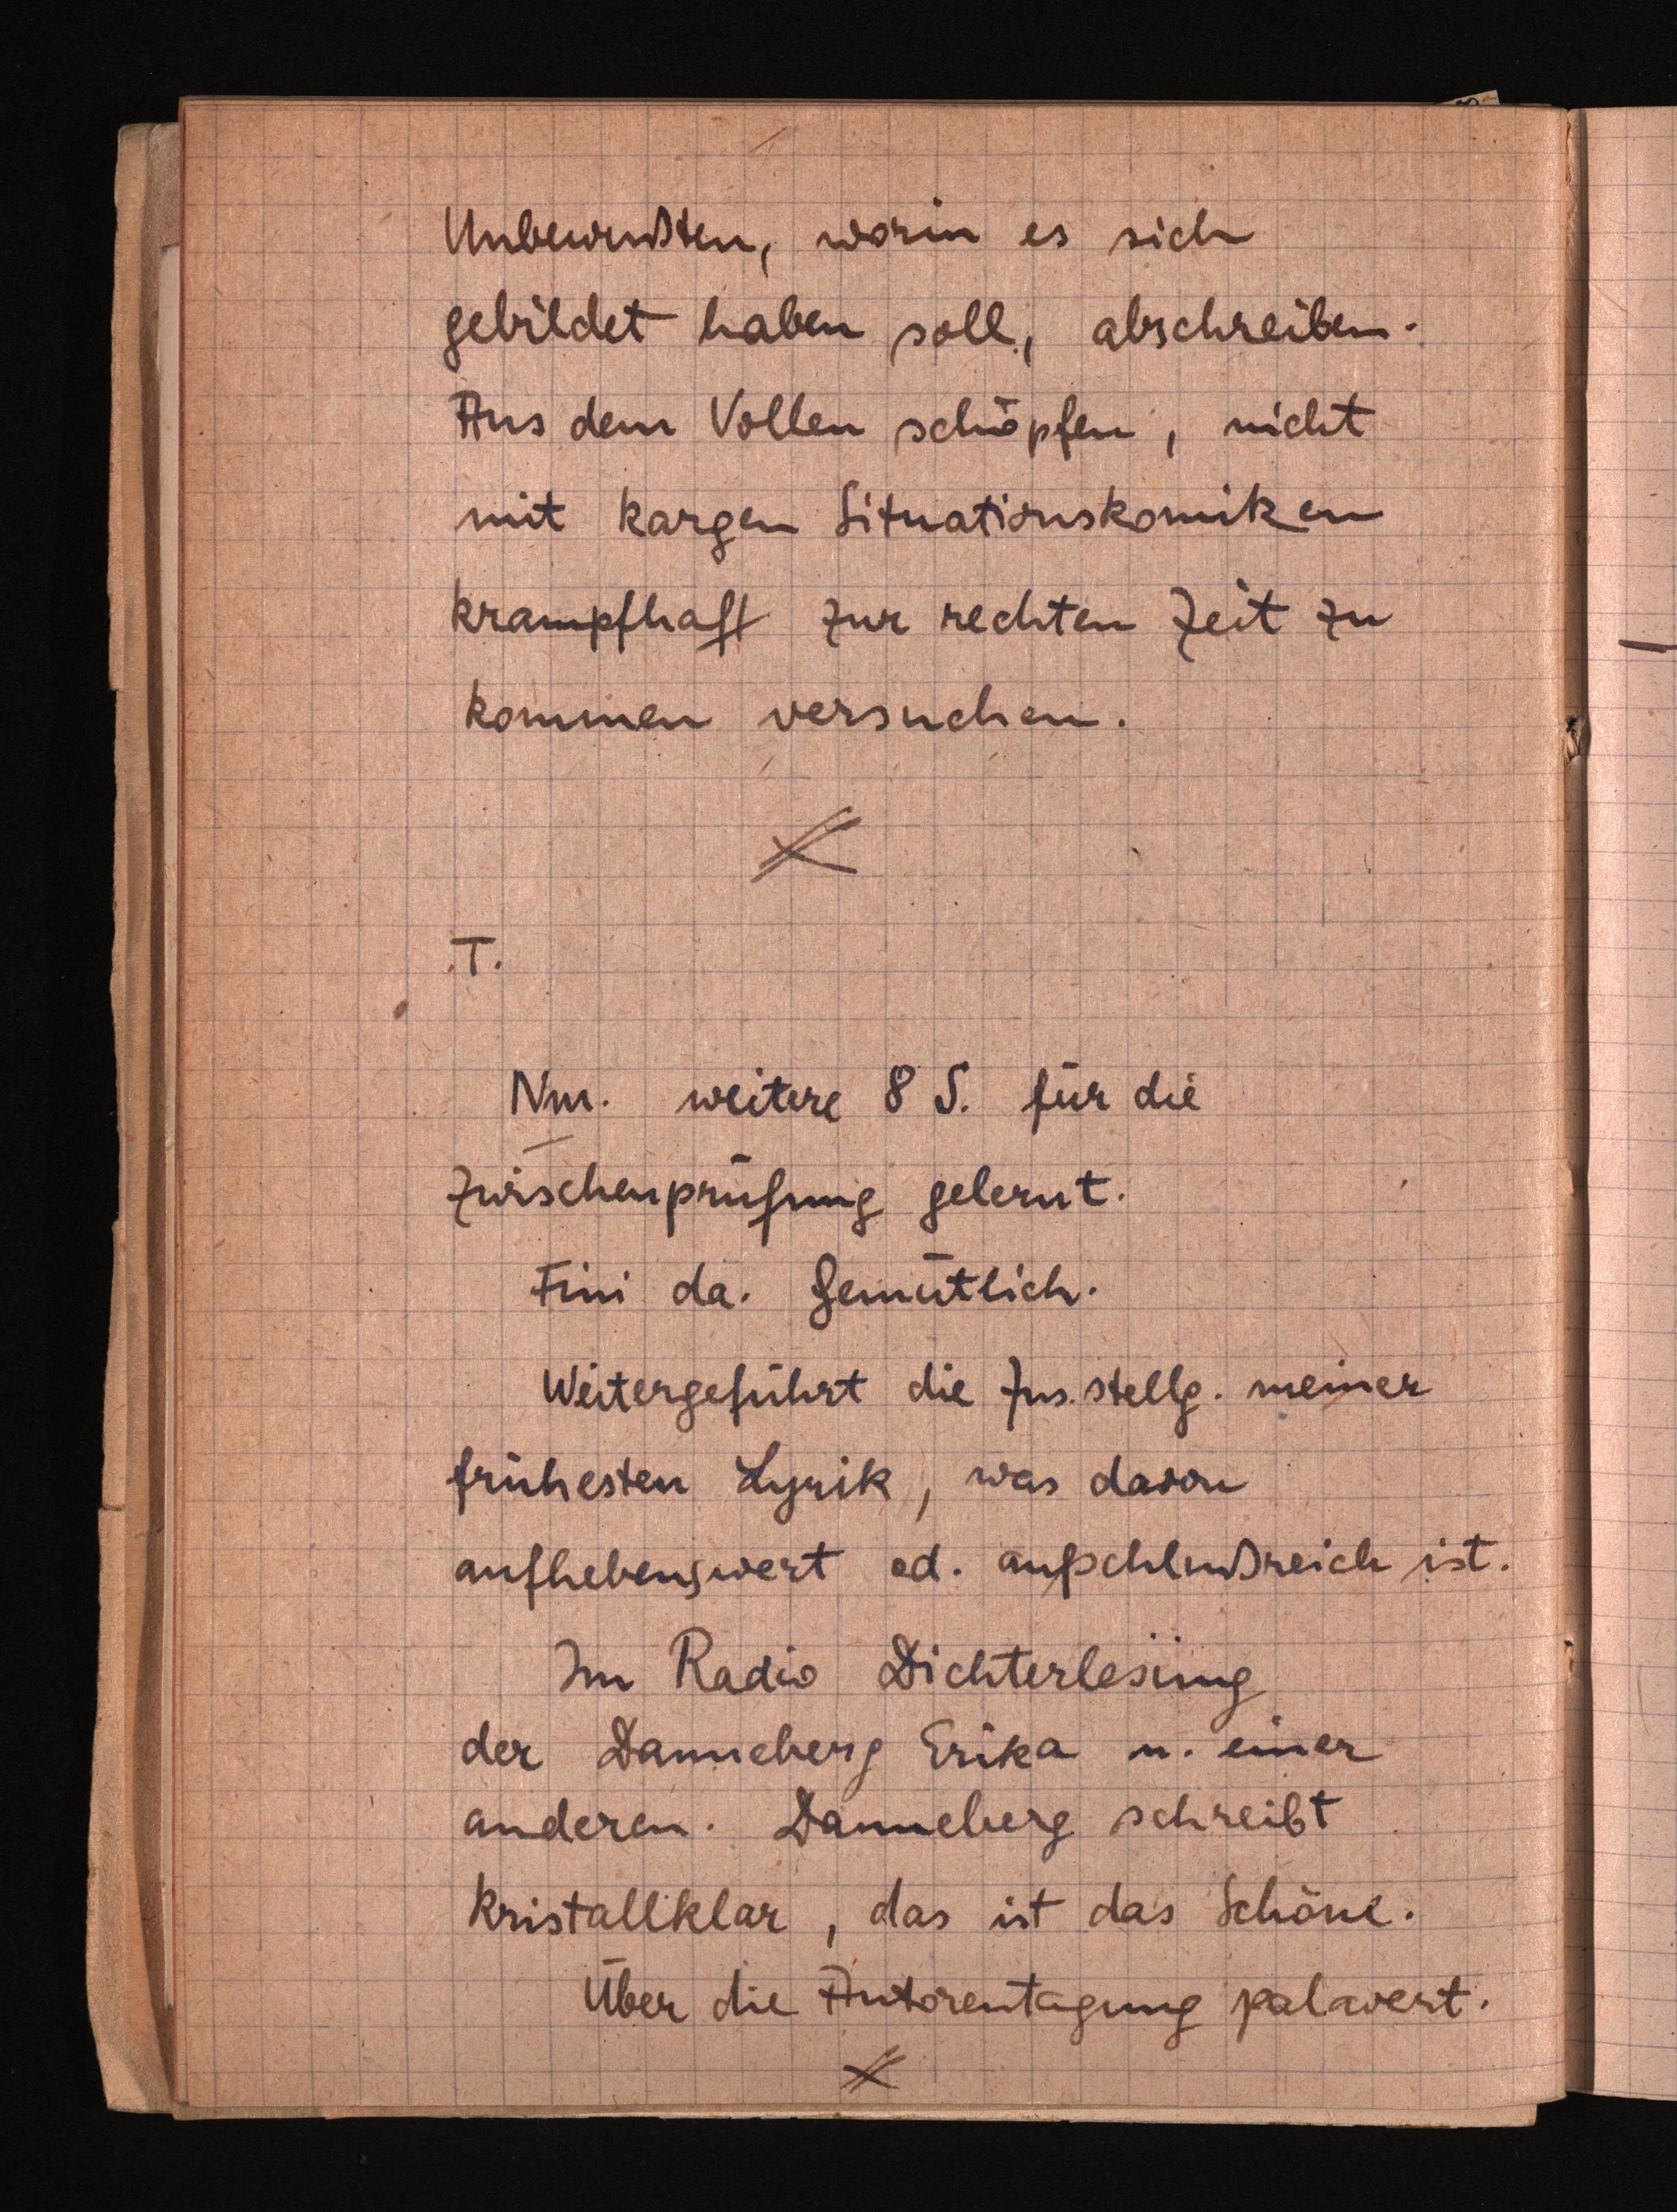
Unbewußten, wori es sich
gebildet haben soll, abschreiben.
Aus dem Vollen schöpfen, nicht
mit kargen Situationskomiken
krampfhaft zur rechten Zeit zu
kommen versuchen.
I.
Nm. weitere 8 S. für die
Zwischenprufung gelernt.
Fini da. Gemütlich.
Weitergeführt die Zusstellg. meiner
frühesten Lynik, was davon
auflebenswert ed. aufschlußreich ist.
Im Radio Dichterlesung,
der Damieberig Erika u. einer
anderen. Danneberg schreibt
kristallklar, das ist das Schöne.
Über die Antorentagung palavert.